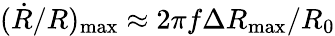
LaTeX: (\dot{R}/R)_{\mathrm{max}}\approx 2\pi f\Delta R_{\mathrm{max}}/R_{0}